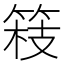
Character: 𮵴